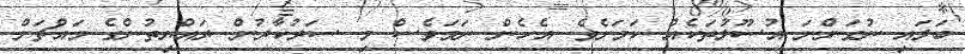
ބަލައި ނުގަންނަ އުސޫލުތަކެއް ކަމަށެވެ. އެހެން ނަމަވެސް މި ސަރުކާރުން ރައްޔިތުންގެ މައްޗަށް